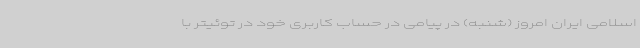
اسلامی ایران امروز (شنبه) در پیامی در حساب کاربری خود در توئیتر با